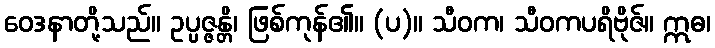
ဝေဒနာတို့သည်။ ဥပ္ပဇ္ဇန္တိ၊ ဖြစ်ကုန်၏။ (ပ)။ သီဝက၊ သီဝကပရိဗိုဇ်။ ဣဓ၊